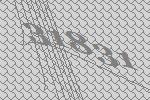
31831